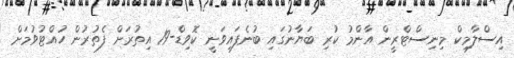
އިސްލާމިކް މިނިސްޓްރީން އާންމު ކުރި ބަޔާނުގައި ބުނެފައިވަނީ ކޮވިޑް-19 އިތުރަށް ފެތުރުން ހުއްޓުވުމަށް